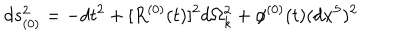
d s _ { ( 0 ) } ^ { 2 } = - d t ^ { 2 } + [ R ^ { ( 0 ) } ( t ) ] ^ { 2 } d \Omega _ { k } ^ { 2 } + \phi ^ { ( 0 ) } ( t ) ( d x ^ { 5 } ) ^ { 2 }